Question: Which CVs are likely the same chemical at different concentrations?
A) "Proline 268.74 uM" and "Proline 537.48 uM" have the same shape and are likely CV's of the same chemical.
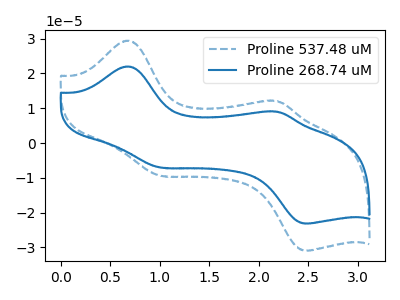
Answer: <think>The blue dashed curve "Proline 537.48 uM" has anodic peaks at (0.70V, 29.40uA) (2.20V, 12.00uA) and cathodic peaks at (1.00V, -9.35uA) (2.50V, -30.90uA). The blue curve "Proline 268.74 uM" has anodic peaks at (0.70V, 22.00uA) (2.20V, 9.00uA) and cathodic peaks at (1.00V, -7.00uA) (2.50V, -23.10uA).
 All the peaks in "Proline 537.48 uM" have a peak in "Proline 268.74 uM" at the same potential. Every peak in "Proline 537.48 uM" is higher than every peak in "Proline 268.74 uM".</think>
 <answer>A) "Proline 268.74 uM" and "Proline 537.48 uM" have the same shape and are likely CV's of the same chemical.</answer>
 <eval>A</eval>